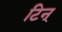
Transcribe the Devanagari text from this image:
टिन्